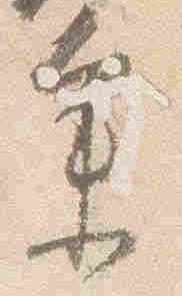
参